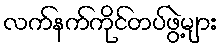
လက်နက်ကိုင်တပ်ဖွဲ့များ